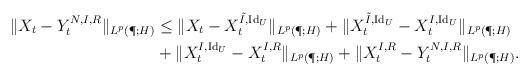
LaTeX: \begin{align*}\| X_t - Y_t^{N,I,R} \|_{L^p(\P;H)}&\leq \| X_t - X^{\tilde I, \operatorname{Id}_U }_t \|_{L^p(\P;H)}+ \| X_t^{\tilde I, \operatorname{Id}_U } - X^{I, \operatorname{Id}_U }_t \|_{L^p(\P;H)}\\&+\| X_t^{ I, \operatorname{Id}_U } - X^{I, R}_t\|_{L^p(\P;H)}+\| X^{I,R}_t - Y_t^{N,I,R} \|_{L^p(\P;H)}.\end{align*}